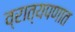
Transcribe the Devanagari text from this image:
व्रात्यपणात